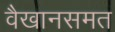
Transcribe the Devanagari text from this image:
वैखानसमत